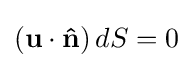
(\mathbf {u} \cdot \mathbf {\hat {n}} )\,dS=0